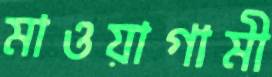
মাওয়াগামী